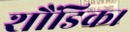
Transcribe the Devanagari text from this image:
शौंडिक।